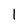
Character: 1